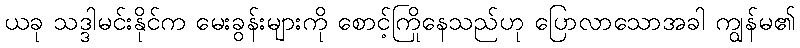
ယခု သဒ္ဒါမင်းနိုင်က မေးခွန်းများကို စောင့်ကြိုနေသည်ဟု ပြောလာသောအခါ ကျွန်မ၏